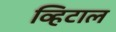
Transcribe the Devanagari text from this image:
व्हिटाल